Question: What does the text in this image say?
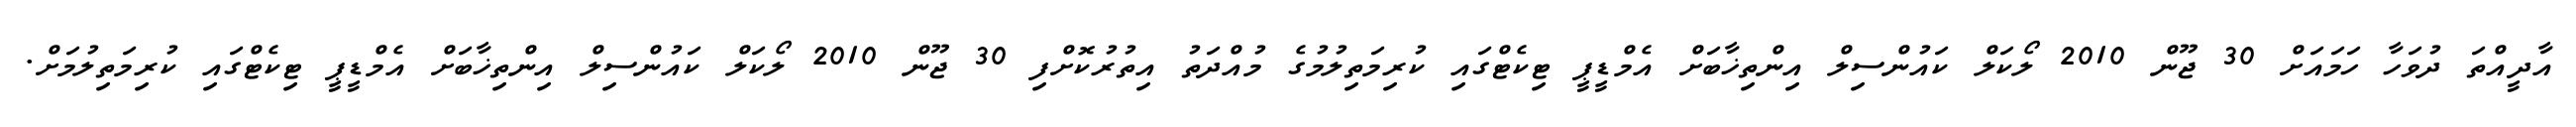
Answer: އާދީއްތަ ދުވަހާ ހަމައަށް 30 ޖޫން 2010 ލޯކަލް ކައުންސިލް އިންތިޚާބަށް އެމްޑީޕީ ޓިކެޓްގައި ކުރިމަތިލުމުގެ މުއްދަތު އިތުރުކޮށްފި 30 ޖޫން 2010 ލޯކަލް ކައުންސިލް އިންތިޚާބަށް އެމްޑީޕީ ޓިކެޓްގައި ކުރިމަތިލުމަށް.